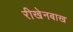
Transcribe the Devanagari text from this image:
रीखेनबाख